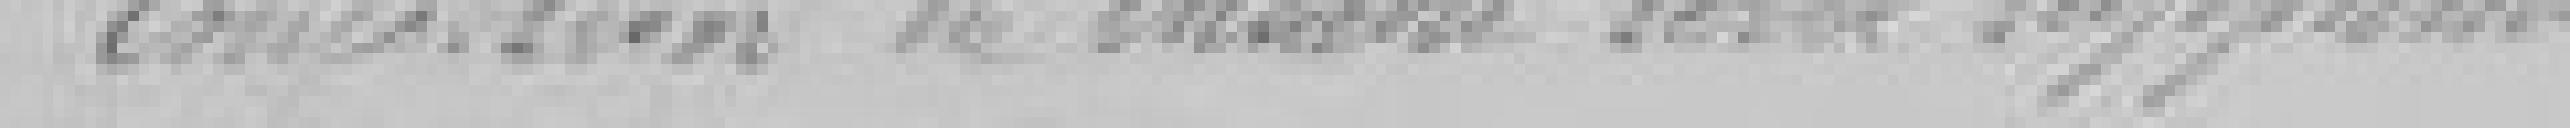
concession du théâtre sera supprimé.